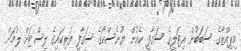
މިޕިއްޒާގެ ސަބަބުން އިޓަލީގެ ސަގާފީ ކެއުން ޔުނެސްކޯގެ ސަގާފީ ތަރިކައިގެ ލިސްޓަށް ލުމަށް